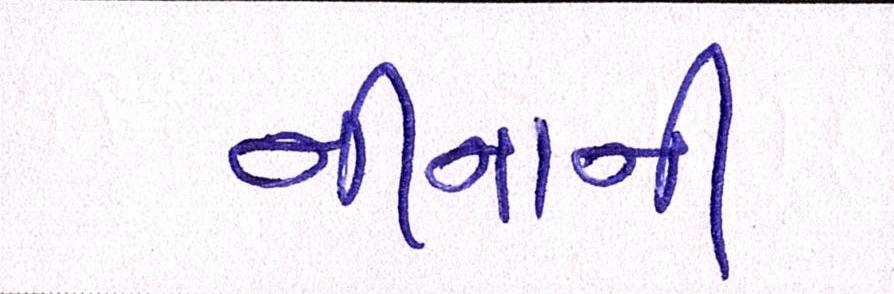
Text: નીનાની